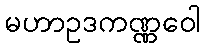
မဟာဥဒကဏ္ဏဝေါ